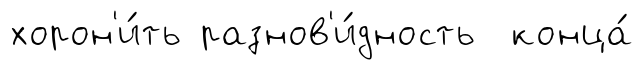
хорон'и́ть разнов'и́дность конца́